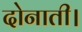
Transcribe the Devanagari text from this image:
दोनाती।